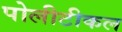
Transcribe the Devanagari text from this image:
पोलीटीकल